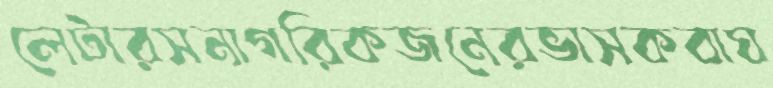
লেটারসনাগরিকজনেরভাসকবাঘ